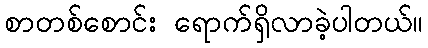
စာတစ်စောင်း ရောက်ရှိလာခဲ့ပါတယ်။